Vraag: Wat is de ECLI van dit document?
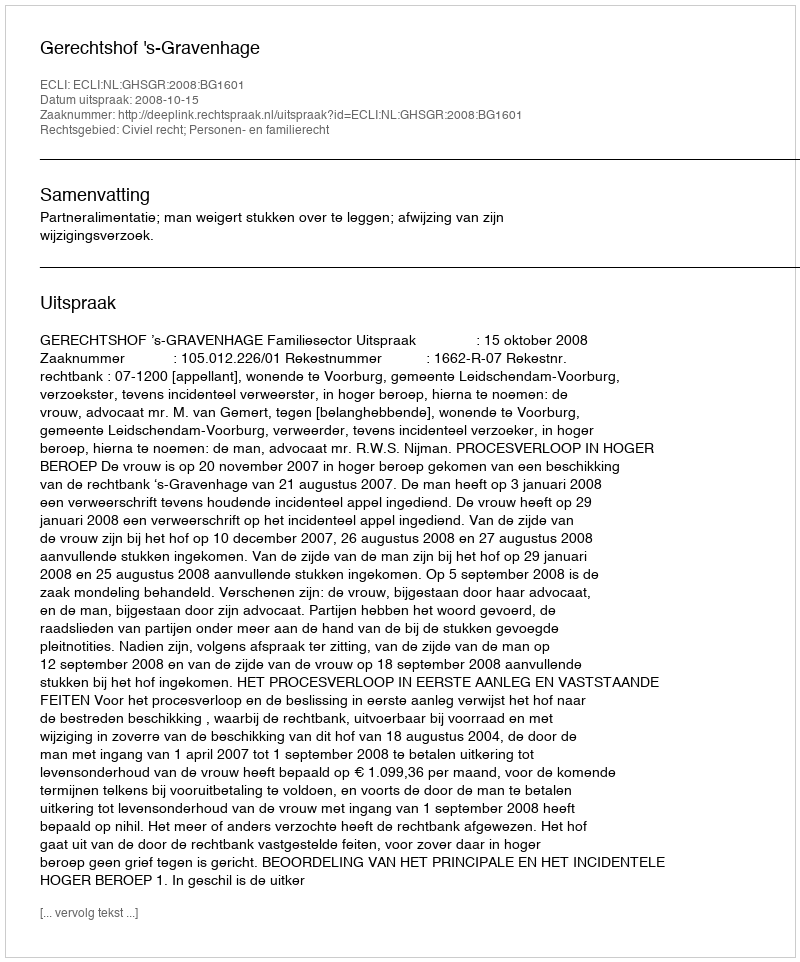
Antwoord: ECLI:NL:GHSGR:2008:BG1601